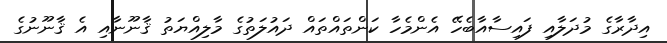
އިދާރާގެ މުދަލާއި ފައިސާއާބެހޭ އެންމެހާ ކަންތައްތައް ދައުލަތުގެ މާލިއްޔަތު ޤާނޫނާއި އެ ޤާނޫނުގެ